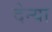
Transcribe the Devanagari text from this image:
देन्या